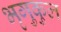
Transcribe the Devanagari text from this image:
भृगुकुल